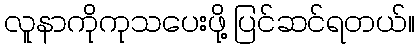
လူနာကိုကုသပေးဖို့ ပြင်ဆင်ရတယ်။